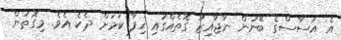
އެ އަސާސްގެ ބޭނުން ނާޖާއިޒު ގޮތެއްގައި ހިފާ ކަމަށް ދެކެ އެވެ. މިގޮތުން